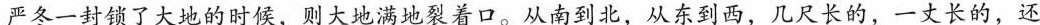
严冬一封锁了大地的时候，则大地满地裂着口。从南到北，从东到西，几尺长的，一丈长的，还